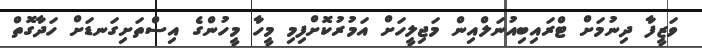
ވަޒީފާ ދިނުމަށް ޓްރައިބިއުނަލްއިން މަޖިލީހަށް އަމުރުކޮށްފިމި މީހާ މީހުންގެ އިސްތަށިގަނޑަށް ހަދާގޮތް